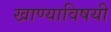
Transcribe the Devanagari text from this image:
खाण्याविषयी